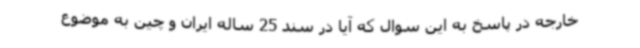
خارجه در پاسخ به این سوال که آیا در سند 25 ساله ایران و چین به موضوع